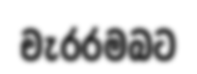
චැරරමබට